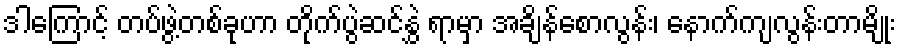
ဒါကြောင့် တပ်ဖွဲ့တစ်ခုဟာ တိုက်ပွဲဆင်နွှဲ ရာမှာ အချိန်စောလွန်း၊ နောက်ကျလွန်းတာမျိုး